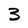
Character: 3